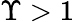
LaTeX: \Upsilon>1